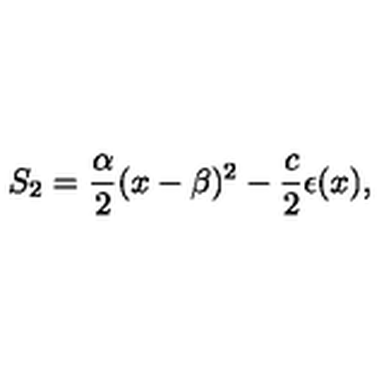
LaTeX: S _ { 2 } = \frac { \alpha } { 2 } ( x - \beta ) ^ { 2 } - \frac { c } { 2 } \epsilon ( x ) ,